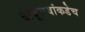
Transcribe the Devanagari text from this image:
बाबूरावांकडेच